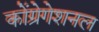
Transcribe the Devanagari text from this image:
कोंग्रेगेशनल